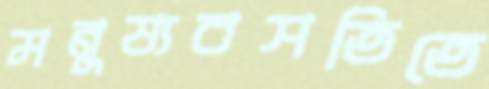
মনুষ্যবসতিতে